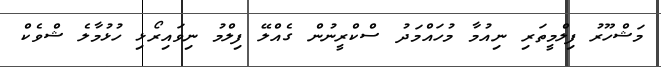
މަޝްހޫރު ފިލްމީތަރި ނިއުމާ މުހައްމަދު ސްކްރީނުން ގެއްލޭ ފިލްމު ނިވައިރޯޅި ހުޅުމާލެ ޝްވެކް